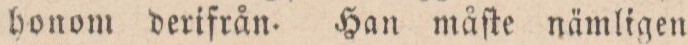
honom derifrån. Han måfte nämligen